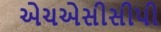
એચએસીસીપી